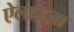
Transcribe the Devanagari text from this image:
ऐलाइज़ा